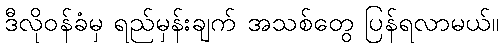
ဒီလိုဝန်ခံမှ ရည်မှန်းချက် အသစ်တွေ ပြန်ရလာမယ်။